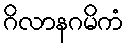
ဂိလာနဂမိကံ